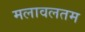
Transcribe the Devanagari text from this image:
मलावलतम